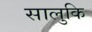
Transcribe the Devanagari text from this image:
सालुकि